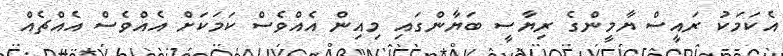
އެކަމަކު ރައީސް ޔާމީންގެ ރިޔާސީ ބަޔާންގައި މިއިން އެއްވެސް ކަމަކަށް އެއްވެސް އެއްޗެއް